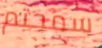
سمحتم